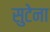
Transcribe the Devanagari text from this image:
सुटेना